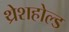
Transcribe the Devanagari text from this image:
थ्रेशहोल्ड